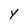
Character: Y